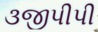
૩જીપીપી